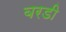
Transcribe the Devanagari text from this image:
बरडी